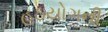
હઠયોગની